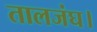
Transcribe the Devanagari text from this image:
तालजंघ।